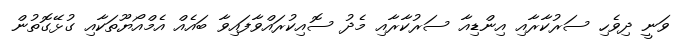
ވަނީ ދިވެހި ސަރުކާރާއި އިންޑިއާ ސަރުކާރާއި މެދު ސޮއިކުރައްވާފައިވާ ބައެއް އެމްއޯޔޫތަކާއި ގުޅޭގޮތުން